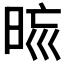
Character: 𣆬